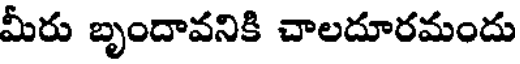
మీరు బృందావనికి చాలదూరమందు